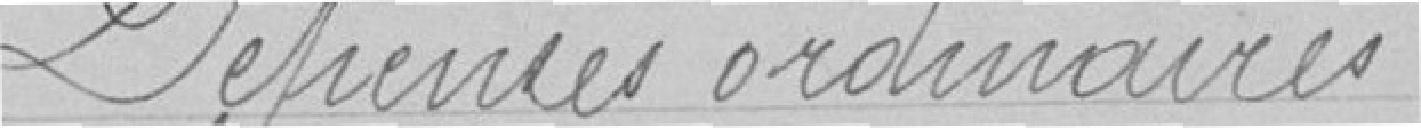
Dépenses ordinaires